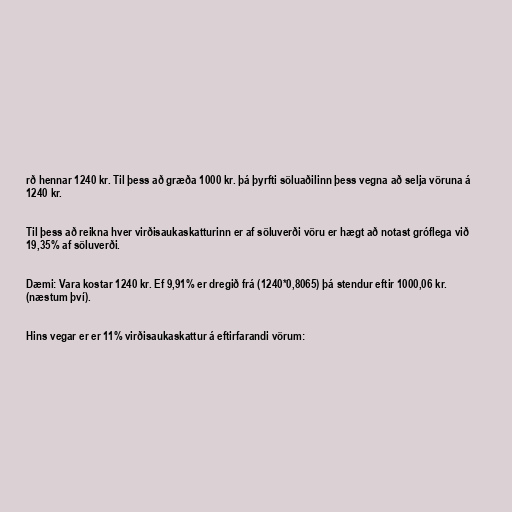
rð hennar 1240 kr. Til þess að græða 1000 kr. þá þyrfti söluaðilinn þess vegna að selja vöruna á
1240 kr.

Til þess að reikna hver virðisaukaskatturinn er af söluverði vöru er hægt að notast gróflega við
19,35% af söluverði.

Dæmi: Vara kostar 1240 kr. Ef 9,91% er dregið frá (1240*0,8065) þá stendur eftir 1000,06 kr.
(næstum því).

Hins vegar er er 11% virðisaukaskattur á eftirfarandi vörum: